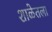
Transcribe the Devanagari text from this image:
शाळेतला